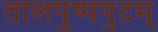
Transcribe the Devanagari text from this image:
तालपुष्पपुटम्